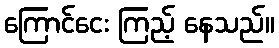
ကြောင်ငေး ကြည့် နေသည်။